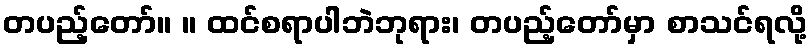
တပည့်တော်။ ။ ထင်စရာပါဘဲဘုရား၊ တပည့်တော်မှာ စာသင်ရလို့